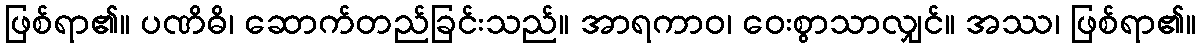
ဖြစ်ရာ၏။ ပဏိဓိ၊ ဆောက်တည်ခြင်းသည်။ အာရကာဝ၊ ဝေးစွာသာလျှင်။ အဿ၊ ဖြစ်ရာ၏။